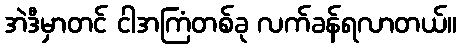
အဲဒီမှာတင် ငါအကြံတစ်ခု လက်ခန်ရလာတယ်။